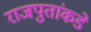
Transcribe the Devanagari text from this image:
राजपुतांकडे